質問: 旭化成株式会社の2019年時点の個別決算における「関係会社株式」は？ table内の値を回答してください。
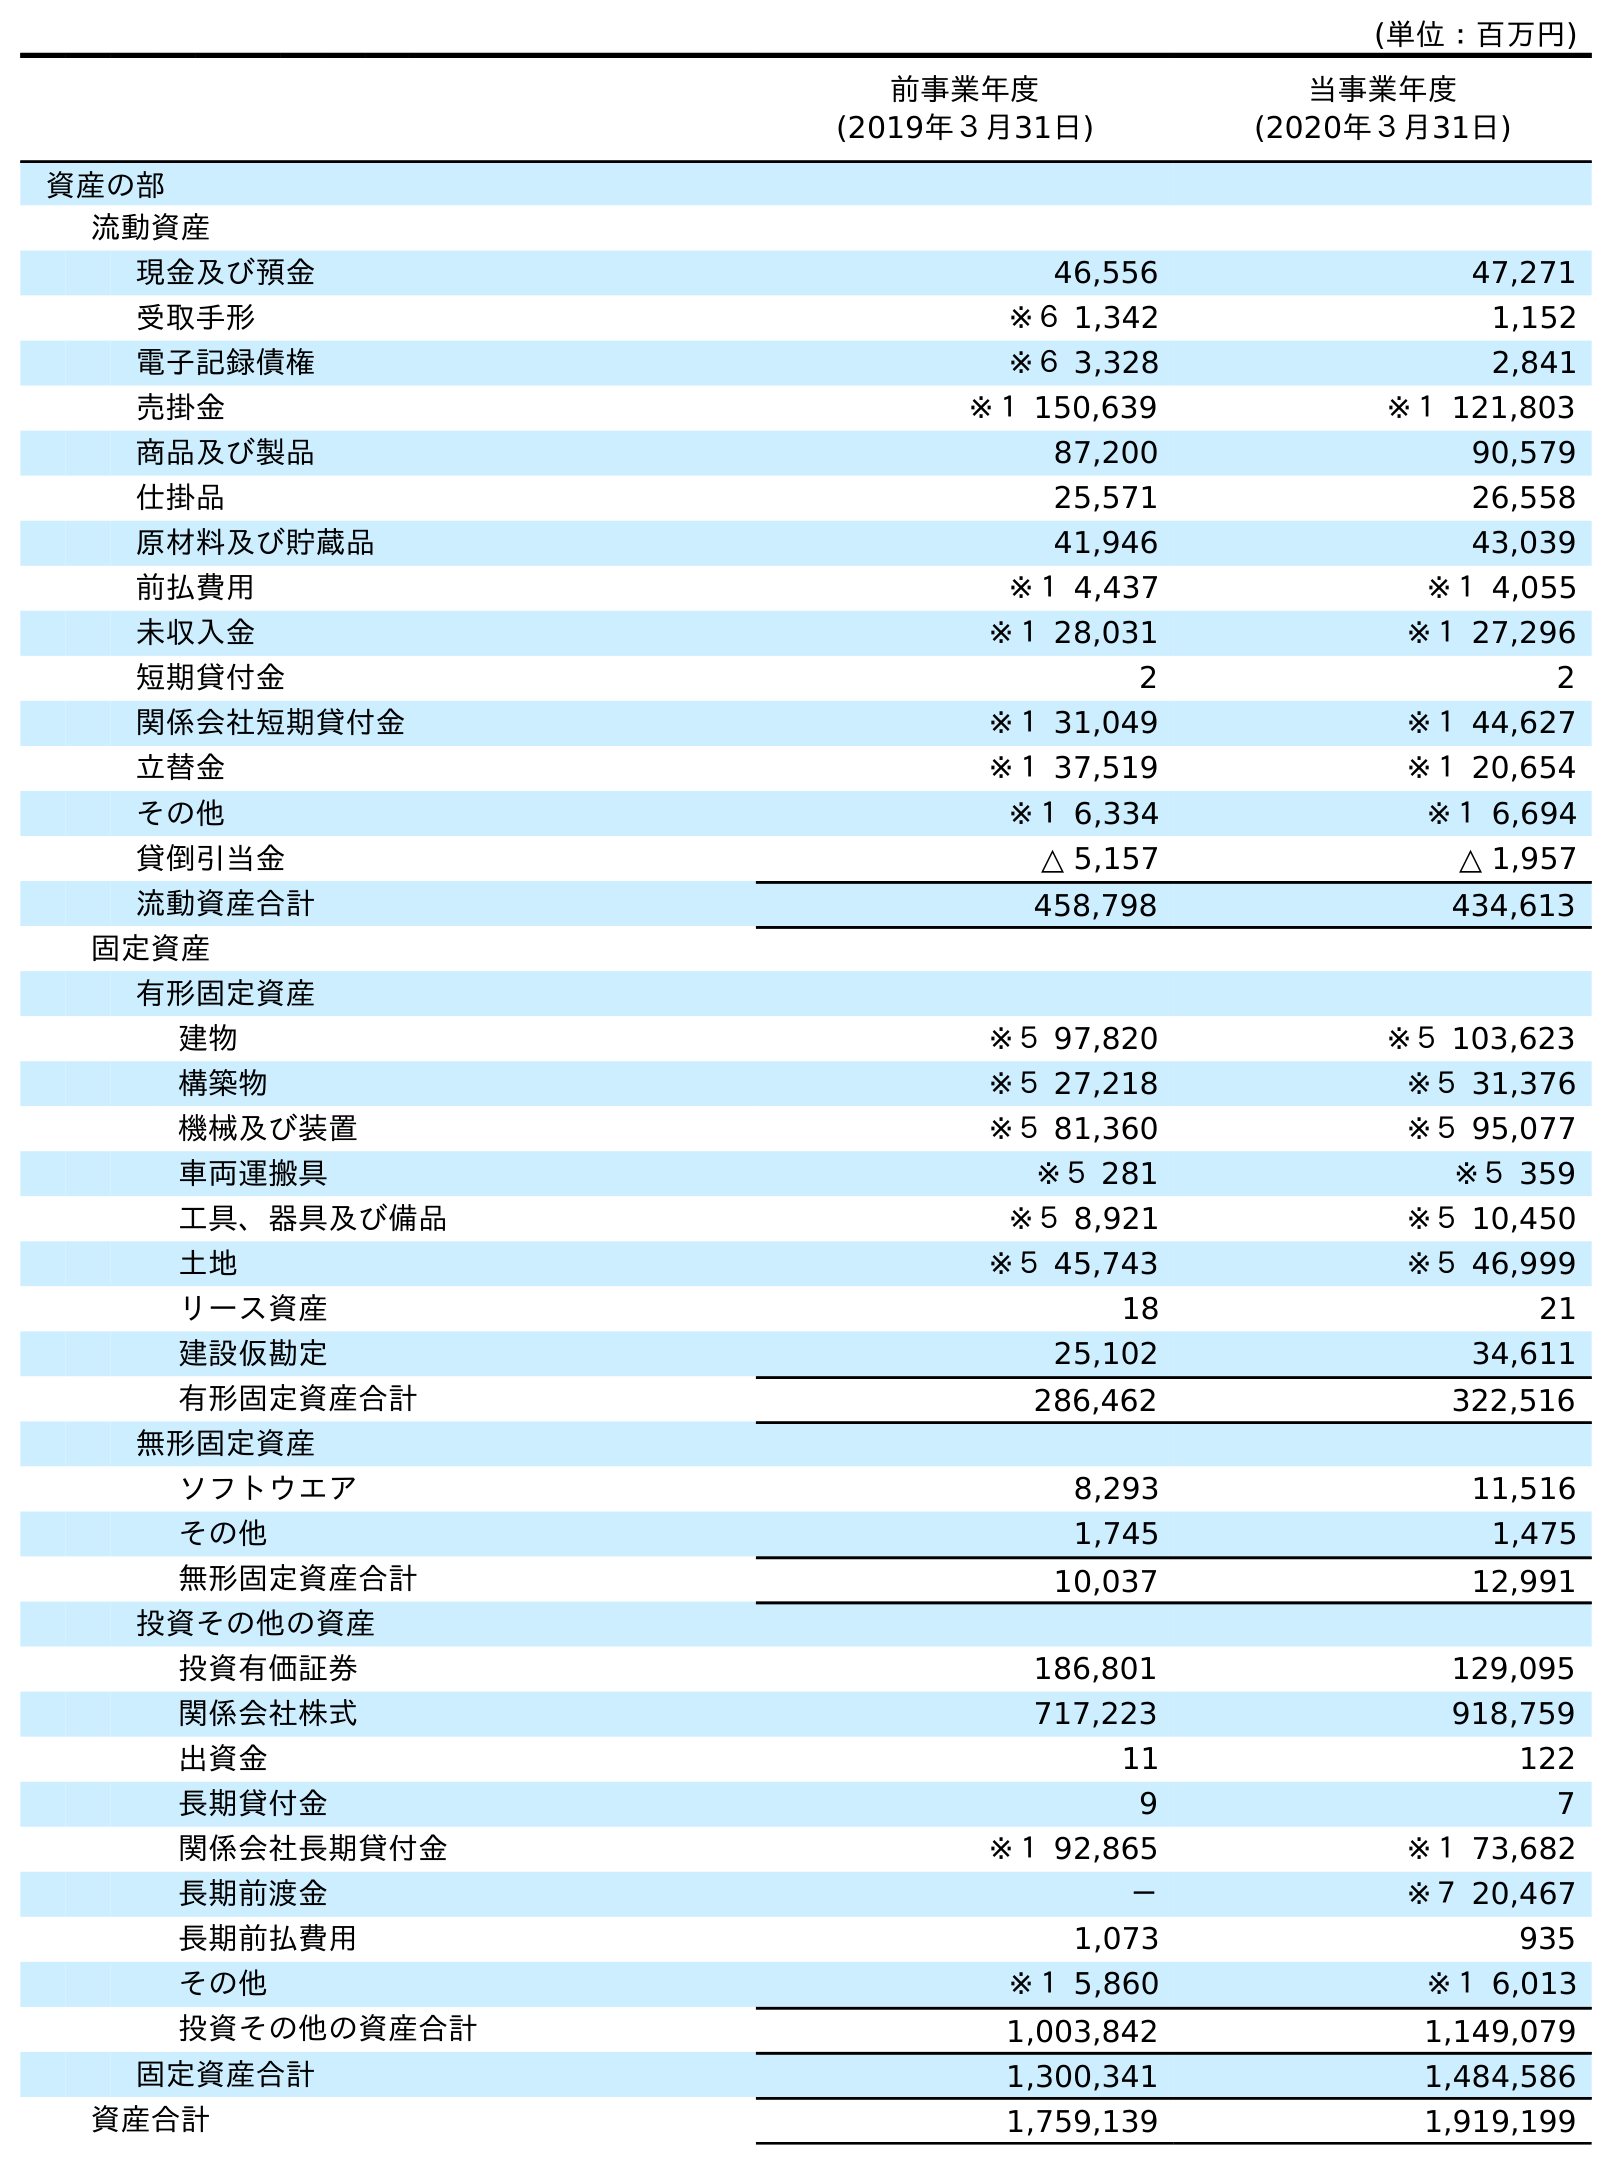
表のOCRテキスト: (単位：百万円) 前事業年度 (2019年３月31日) 当事業年度 (2020年３月31日) 資産の部 流動資産 現金及び預金 46,556 47,271 受取手形 ※６ 1,342 1,152 電子記録債権 ※６ 3,328 2,841 売掛金 ※１ 150,639 ※１ 121,803 商品及び製品 87,200 90,579 仕掛品 25,571 26,558 原材料及び貯蔵品 41,946 43,039 前払費用 ※１ 4,437 ※１ 4,055 未収入金 ※１ 28,031 ※１ 27,296 短期貸付金 2 2 関係会社短期貸付金 ※１ 31,049 ※１ 44,627 立替金 ※１ 37,519 ※１ 20,654 その他 ※１ 6,334 ※１ 6,694 貸倒引当金 △ 5,157 △ 1,957 流動資産合計 458,798 434,613 固定資産 有形固定資産 建物 ※５ 97,820 ※５ 103,623 構築物 ※５ 27,218 ※５ 31,376 機械及び装置 ※５ 81,360 ※５ 95,077 車両運搬具 ※５ 281 ※５ 359 工具、器具及び備品 ※５ 8,921 ※５ 10,450 土地 ※５ 45,743 ※５ 46,999 リース資産 18 21 建設仮勘定 25,102 34,611 有形固定資産合計 286,462 322,516 無形固定資産 ソフトウエア 8,293 11,516 その他 1,745 1,475 無形固定資産合計 10,037 12,991 投資その他の資産 投資有価証券 186,801 129,095 関係会社株式 717,223 918,759 出資金 11 122 長期貸付金 9 7 関係会社長期貸付金 ※１ 92,865 ※１ 73,682 長期前渡金 － ※７ 20,467 長期前払費用 1,073 935 その他 ※１ 5,860 ※１ 6,013 投資その他の資産合計 1,003,842 1,149,079 固定資産合計 1,300,341 1,484,586 資産合計 1,759,139 1,919,199
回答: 717,223